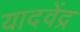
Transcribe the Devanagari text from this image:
यादवेंद्र